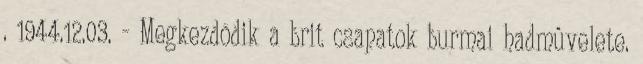
. 1944.12.03. - Megkezdõdik a brit csapatok burmai hadmûvelete.